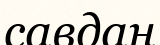
савдан